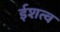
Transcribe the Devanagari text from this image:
ईशत्व